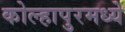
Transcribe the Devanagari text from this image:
कोल्हापुरमध्ये